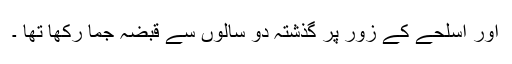
اور اسلحے کے زور پر گذشتہ دو سالوں سے قبضہ جما رکھا تھا ۔